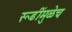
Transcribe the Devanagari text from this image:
रूढींमुळेच